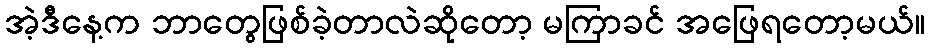
အဲ့ဒီနေ့က ဘာတွေဖြစ်ခဲ့တာလဲဆိုတော့ မကြာခင် အဖြေရတော့မယ်။